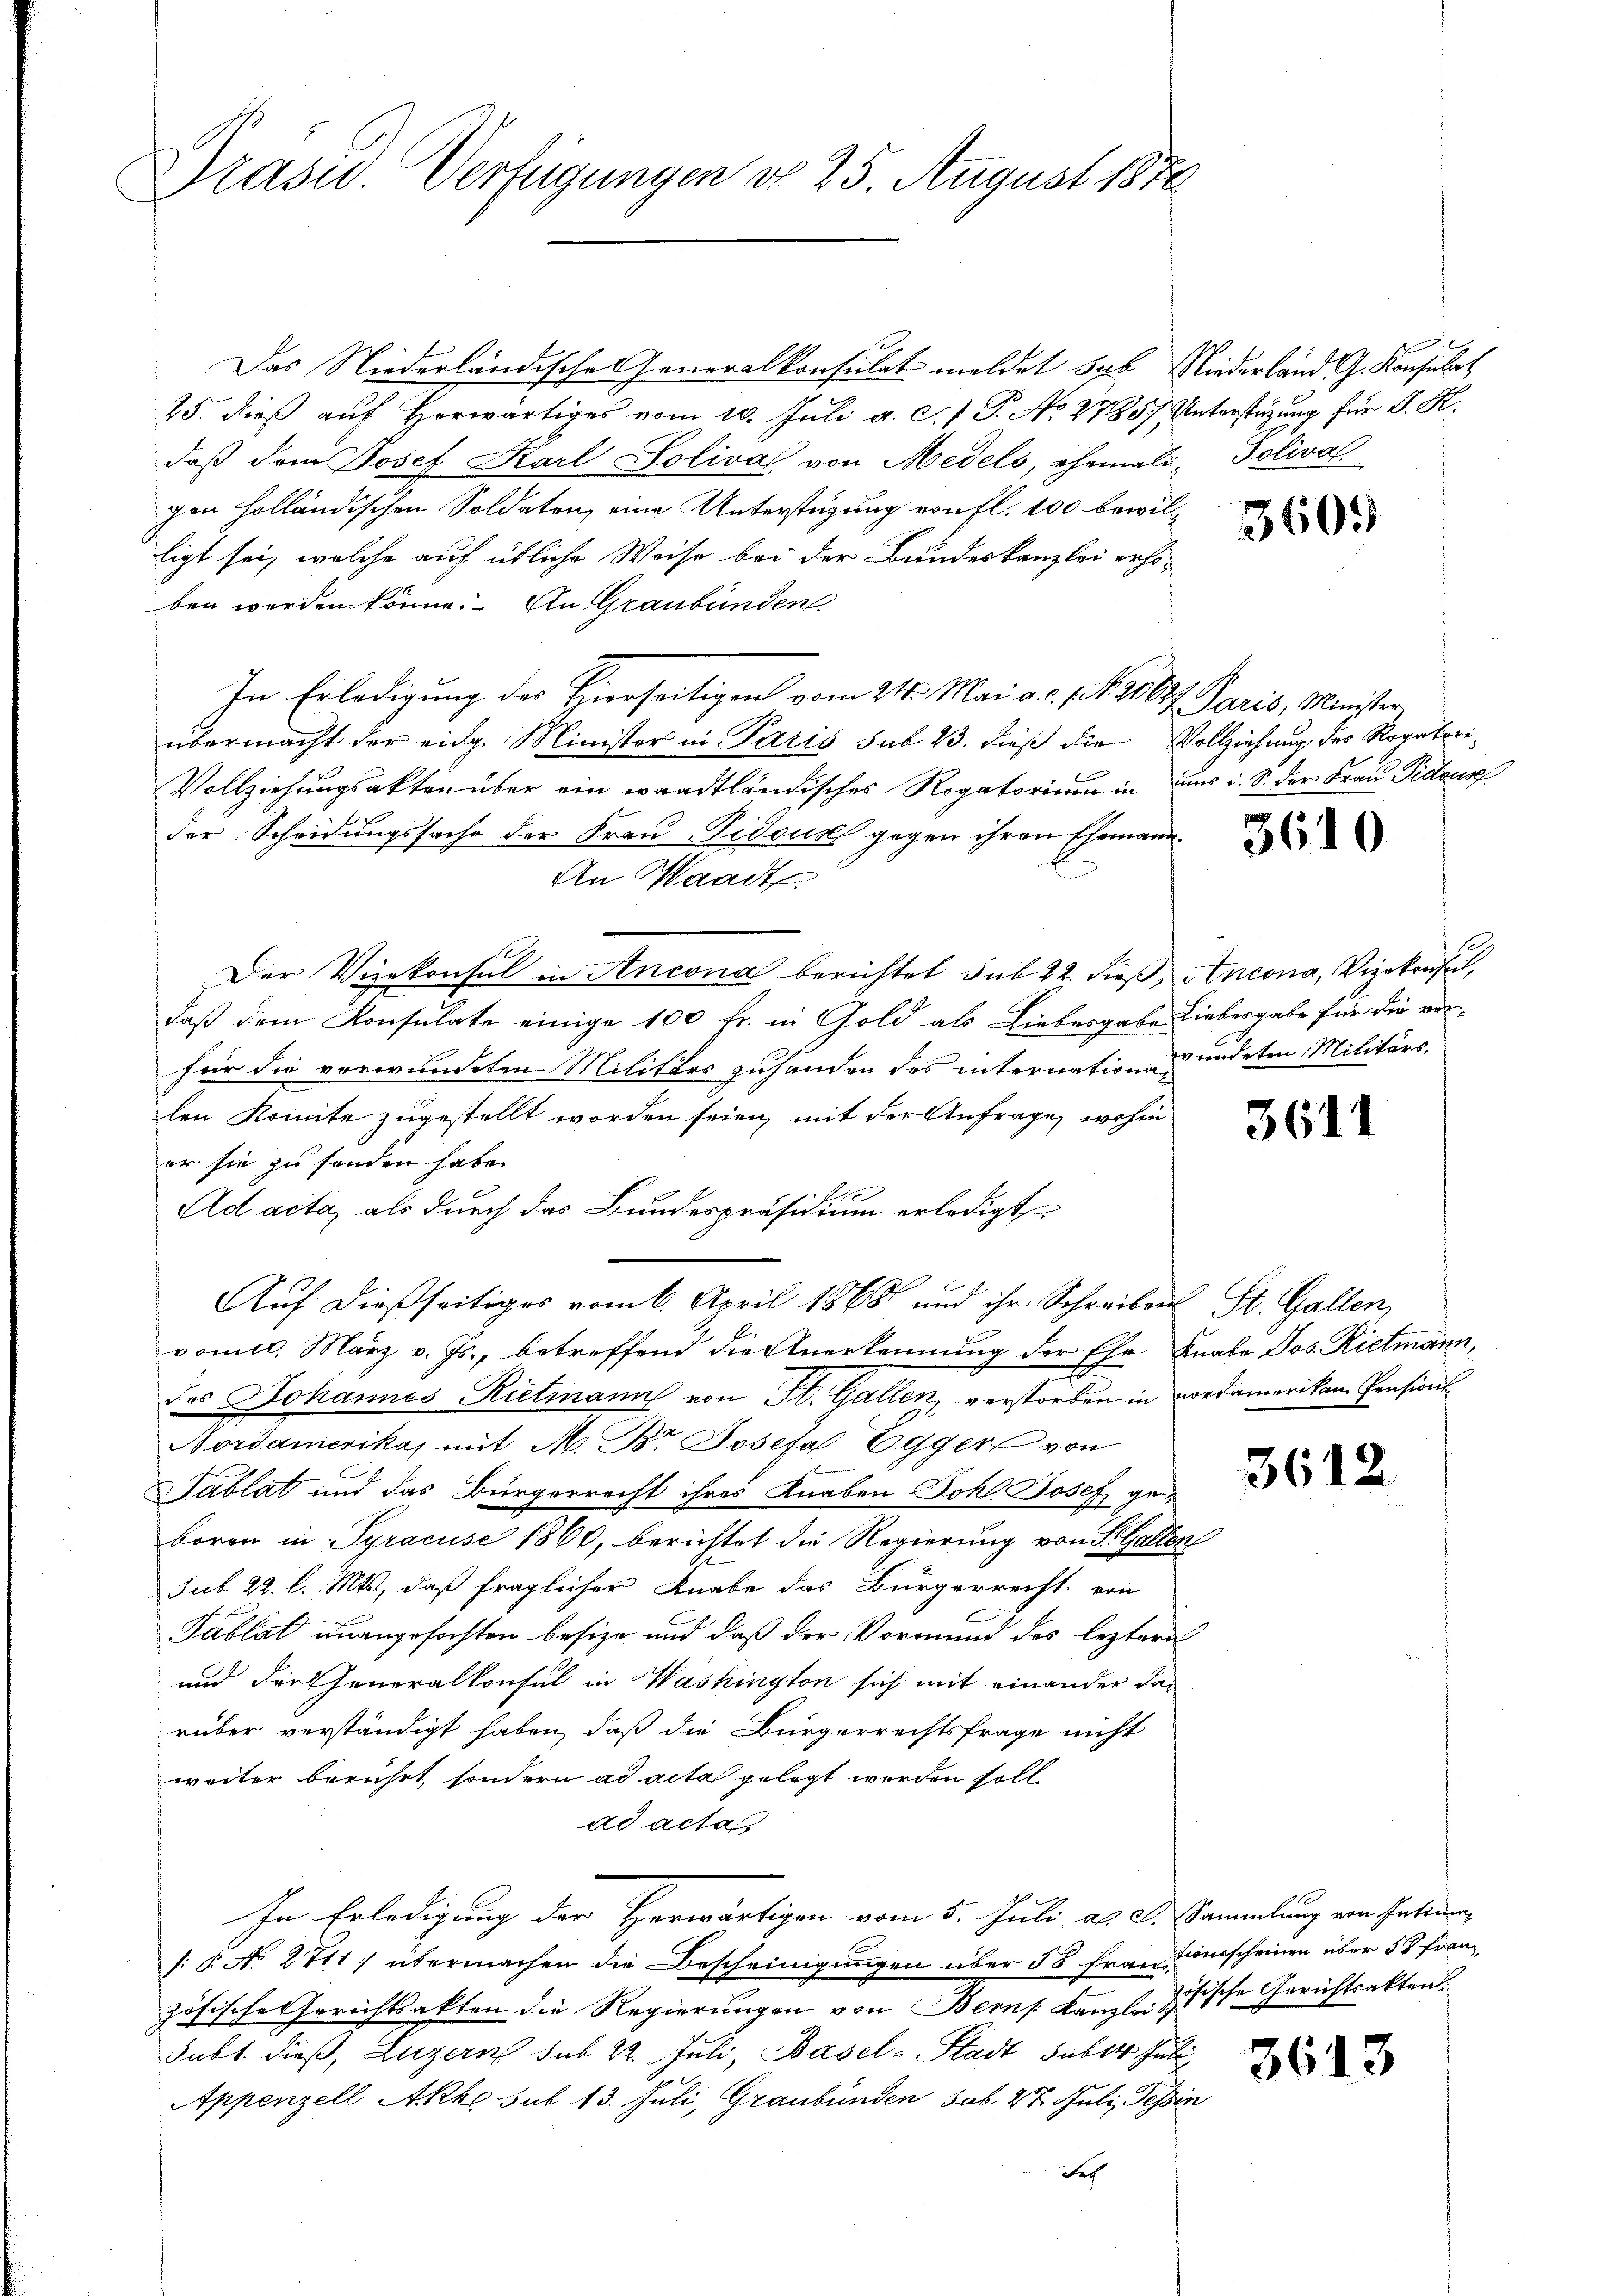
Präsid. Verfügungen d. 25. August 1872

Das Niederländische Generalkonsulat meldet sub Niederland G. Konsulat
25. dieß auf Herwärtiges vom 10. Juli a. c. f. P. No. 2785 Unterstützung für A. H.
daß dem Josef Karl Soliva von Medels, ehemals Poliva
gen holländischen Soldaten, eine Unterstüzung von fl. 100 bewillligt sei, welche auf übliche Weise bei der Bundeskanzlei erhoben werden könne. An Graubünden
In Erledigung des Hierseitigen vom 24. Mai a.c. s. f. 2000f Paris, Minister
übermacht der eidg. Minister in Paris sub 23. dieß die
e
Vollziehungsakten über ein waadtländisches Rogatorium in uns i. S. der Frau Pidtous
der Scheidungssache der Frau Tidous gegen ihren Ehemann.
An Waadt
Der Vizekonsul in Ancona berichtet sub 22. dieß, Ancona, Vizekonsul,
daß dem Konsulate einige 100 Fr. in Gold als Liebesgabe Liebesgabe für die vor-
für die verwundeten Militärs zuhanden des internation zu ändeten Militärs
len Komite zugestellt worden seien, mit der Anfrage, wohin
er sie zu sonden habe.
f
Ad acta, als durch das Bundespräsidium erledigt
Auf dießseitiges vom 6. April 1868 und ihr Schreiben St. Gallen
vom 10. März v. Js., betreffend die Anerkennung der Ehr. Knabe Jos. Rietmann,
des Johannes Rietmann von St. Gallen, verstorben in vordameriken Pensions¬
Nordamerika, mit M. Br. Josefa Egger von
Tablat und das Bürgerrecht ihres Knaben Johl. Josef geboren in Pyracuse 1860, berichtet die Regierung von St. Gallen
sub 22. l. Mts., daß fraglicher Knabe das Bürgerrecht, von
Tablat unangefochten besize und daß der Vormund des leztere
und durcheneralkonsul in Washington sich mit einander da-
rüber verständigt haben, daß die Bürgerrechtsfrage nicht
weiter berührt, sondern ad acta gelegt werden soll
ad acta
In Erledigung der Herwärtigen vom 5. Juli al. S. Sammlung von Intimen¬
: § No 2711) übermachen die Bescheinigungen über 55 französische Gerichtsakten die Regierungen von Berns. Kanzleytische Gerichtsakten.
Subt dieß, Luzern sub 22. Juli, Basel-Stadt suber Juli
Appenzell Akke sub 13. Juli, Graubünden sub 27. Juli, Tessin
Fech

3609

Vollziehung des Rogatori¬

3610

3611

361.

tionsscheinen über 50 Frau

3613